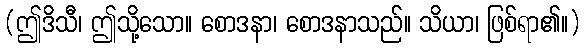
(ဤဒိသီ၊ ဤသို့သော။ စောဒနာ၊ စောဒနာသည်။ သိယာ၊ ဖြစ်ရာ၏။)